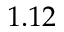
1 . 1 2